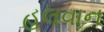
હલવાન